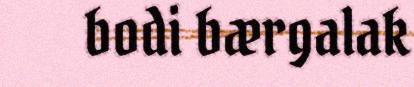
bodi bærgalak